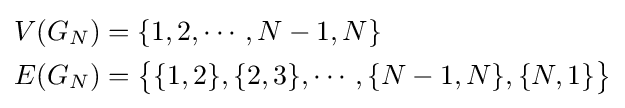
{\begin{aligned}V(G_{N})&=\{1,2,\cdots ,N-1,N\}\\E(G_{N})&={\big \{}\{1,2\},\{2,3\},\cdots ,\{N-1,N\},\{N,1\}{\big \}}\end{aligned}}